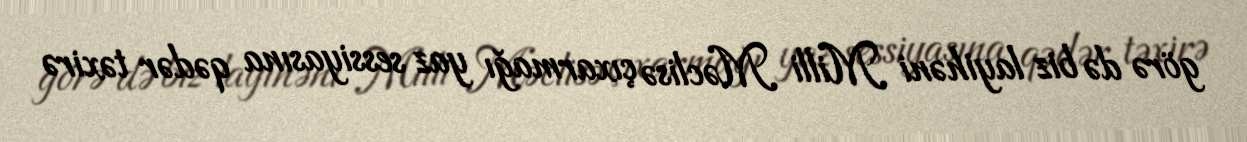
görə də biz layihəni Milli Məclisə çıxarmağı yaz sessiyasına qədər təxirə